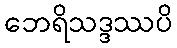
ဘေရိသဒ္ဒဿပိ